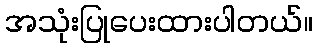
အသုံးပြုပေးထားပါတယ်။